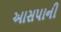
આસપાની